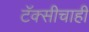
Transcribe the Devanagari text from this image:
टॅक्सीचाही